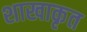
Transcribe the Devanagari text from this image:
शाखाकृत